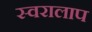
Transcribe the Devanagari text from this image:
स्वरालाप